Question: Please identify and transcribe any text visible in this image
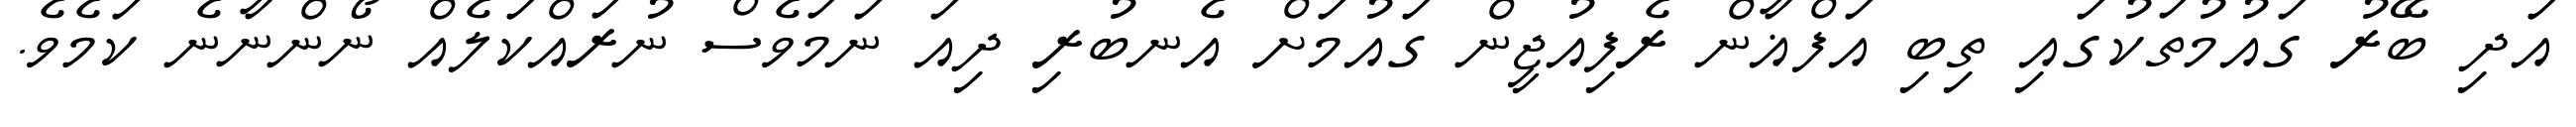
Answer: އަދި ބޭރު ގައުމުތަކުގައި ތިބި އަފްޣާން ރެފިއުޖީން ގައުމަށް އެނބުރި ދިއަ ނަމަވެސް ނުރައްކަލެއް ނޯންނާނެ ކަމެވެ.